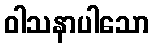
ဝါသနာပါသော